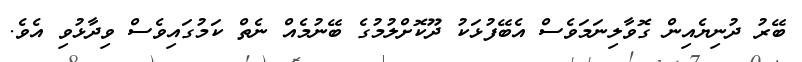
ބޭރު ދުނިޔެއިން ގޮވާލިނަމަވެސް އެބޭފުޅަކު ދޫކޮށްލުމުގެ ބޭނުމެއް ނެތް ކަމުގައިވެސް ވިދާޅުވި އެވެ.